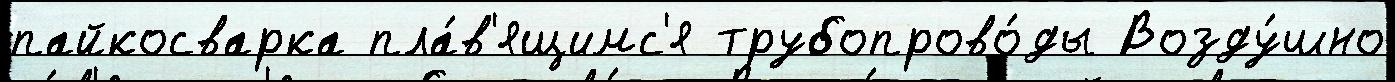
пайкосварка пла́в'ящимс'я трубопрово́ды Возду́шно